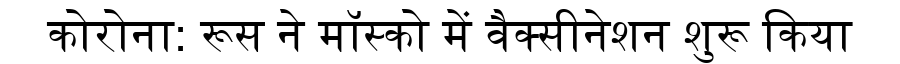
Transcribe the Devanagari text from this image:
कोरोना: रूस ने मॉस्को में वैक्सीनेशन शुरू किया